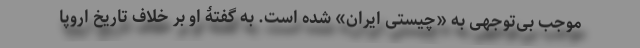
موجب بی‌توجهی به «چیستی ایران» شده است. به گفتۀ او بر خلاف تاریخ اروپا